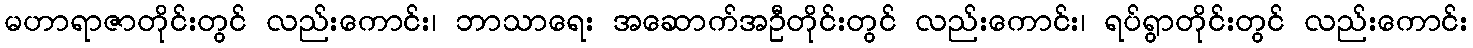
မဟာရာဇာတိုင်းတွင် လည်းကောင်း၊ ဘာသာရေး အဆောက်အဦတိုင်းတွင် လည်းကောင်း၊ ရပ်ရွာတိုင်းတွင် လည်းကောင်း